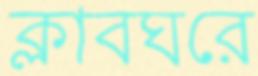
ক্লাবঘরে